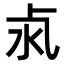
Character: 𣲊